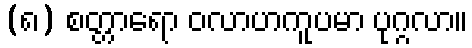
(၈) စတ္တာရော ဝလာဟကူပမာ ပုဂ္ဂလာ။